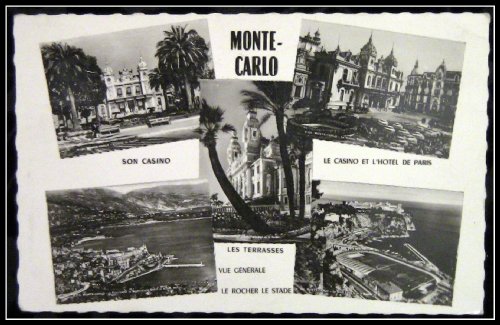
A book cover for France MONTE CARLO 1953 Postcard (rppc) 5 views; Travel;